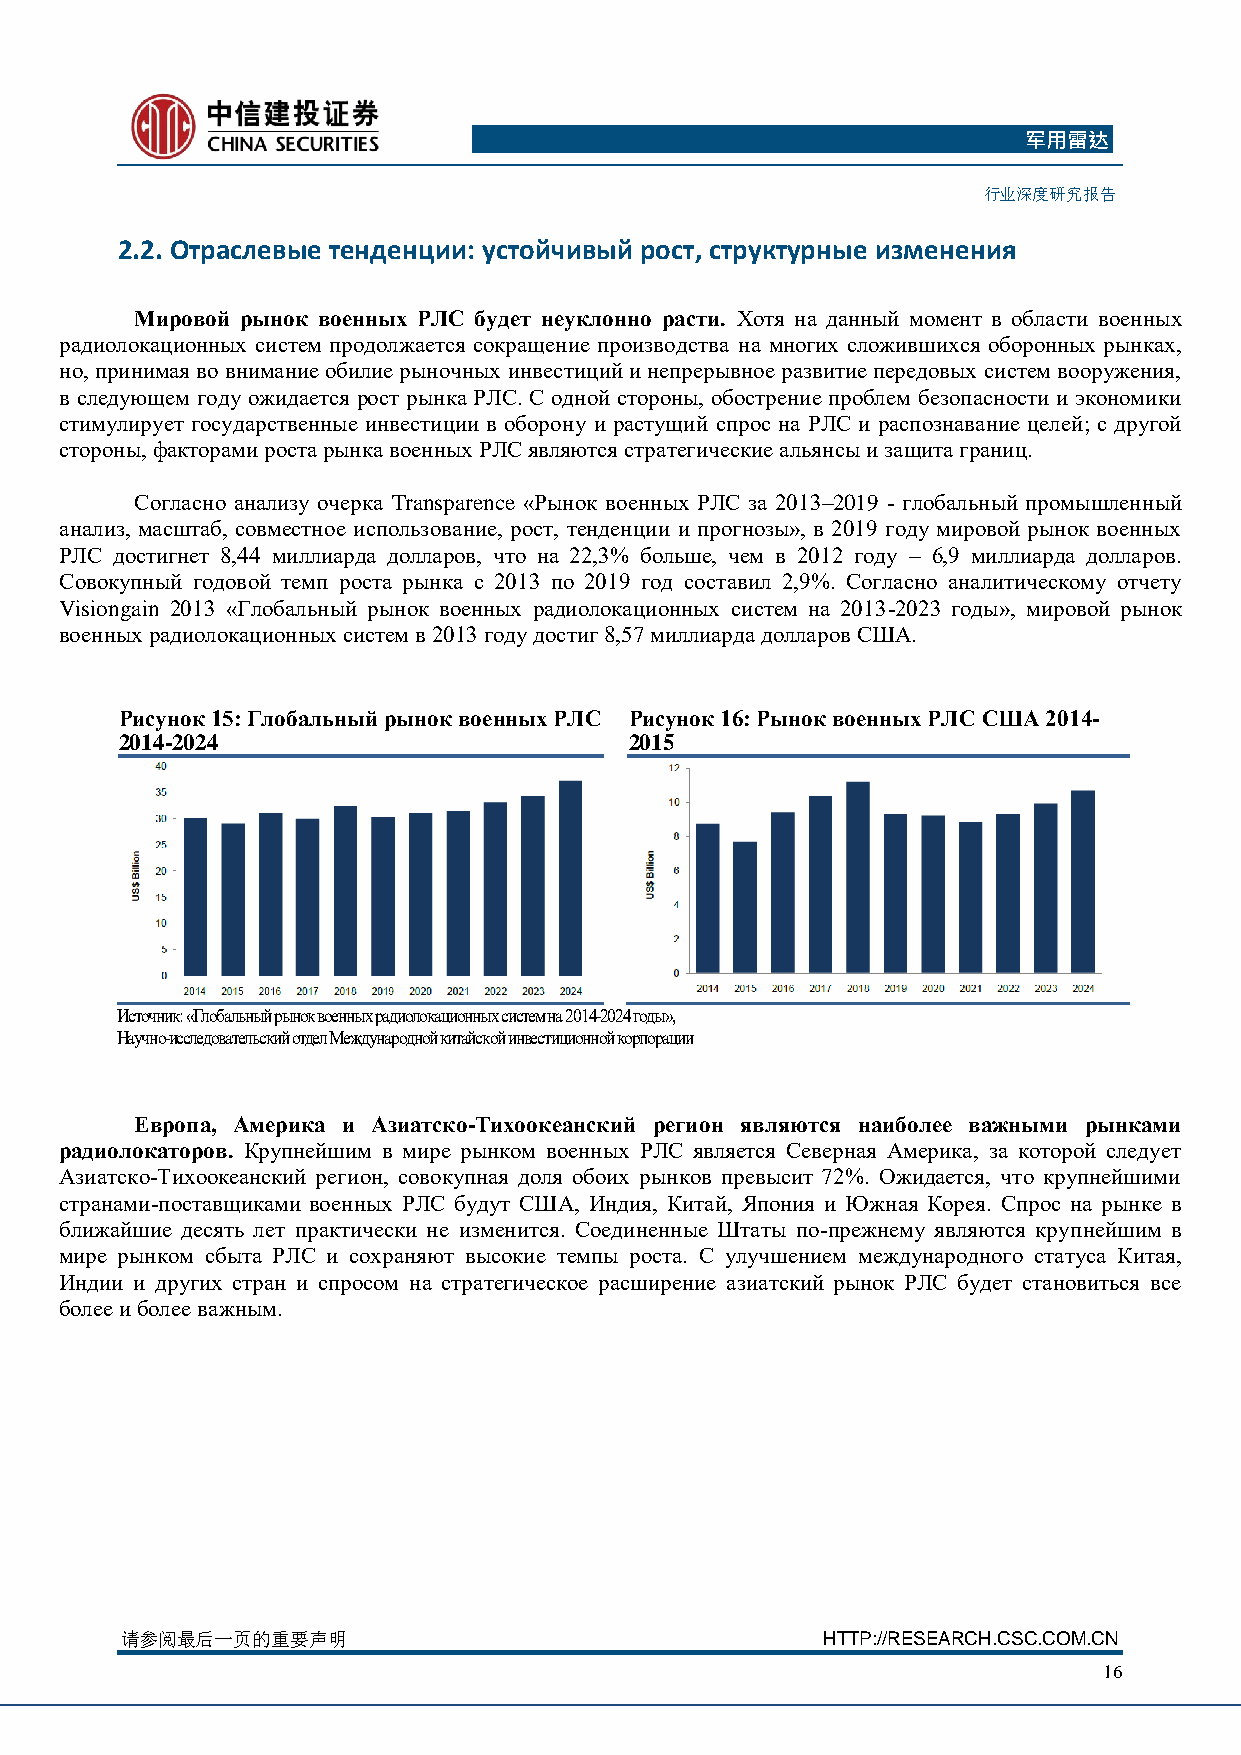
军用雷达
 行业深度研究报告
 2.2. Отраслевые тенденции: устойчивый рост, структурные изменения
 Мировой рынок военных РЛС будет неуклонно расти. Хотя на данный момент в области военных
 радиолокационных систем продолжается сокращение производства на многих сложившихся оборонных рынках,
 но, принимая во внимание обилие рыночных инвестиций и непрерывное развитие передовых систем вооружения,
 в следующем году ожидается рост рынка РЛС. С одной стороны, обострение проблем безопасности и экономики
 стимулирует государственные инвестиции в оборону и растущий спрос на РЛС и распознавание целей; с другой
 стороны, факторами роста рынка военных РЛС являются стратегические альянсы и защита границ.
 Согласно анализу очерка Transparence «Рынок военных РЛС за 2013–2019 - глобальный промышленный
 анализ, масштаб, совместное использование, рост, тенденции и прогнозы», в 2019 году мировой рынок военных
 РЛС достигнет 8,44 миллиарда долларов, что на 22,3% больше, чем в 2012 году – 6,9 миллиарда долларов.
 Совокупный годовой темп роста рынка с 2013 по 2019 год составил 2,9%. Согласно аналитическому отчету
 Visiongain 2013 «Глобальный рынок военных радиолокационных систем на 2013-2023 годы», мировой рынок
 военных радиолокационных систем в 2013 году достиг 8,57 миллиарда долларов США.
 Рисунок 15: Глобальный рынок военных РЛС Рисунок 16: Рынок военных РЛС США 2014-
 2014-2024                         2015
 Источник: «Глобальный рынок военных радиолокационных систем на 2014-2024 годы»,
 Научно-исследовательский отдел Международной китайской инвестиционной корпорации
 Европа, Америка и Азиатско-Тихоокеанский регион являются наиболее важными рынками
 радиолокаторов. Крупнейшим в мире рынком военных РЛС является Северная Америка, за которой следует
 Азиатско-Тихоокеанский регион, совокупная доля обоих рынков превысит 72%. Ожидается, что крупнейшими
 странами-поставщиками военных РЛС будут США, Индия, Китай, Япония и Южная Корея. Спрос на рынке в
 ближайшие десять лет практически не изменится. Соединенные Штаты по-прежнему являются крупнейшим в
 мире рынком сбыта РЛС и сохраняют высокие темпы роста. С улучшением международного статуса Китая,
 Индии и других стран и спросом на стратегическое расширение азиатский рынок РЛС будет становиться все
 более и более важным.
 请参阅最后一页的重要声明                                  HTTP://RESEARCH.CSC.COM.CN
 16